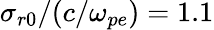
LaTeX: \sigma_{r0}/(c/\omega_{pe})=1.1